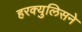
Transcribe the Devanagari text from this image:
हरक्युलिसने